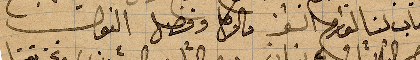
جاب لنا الورق ...مالوكل وفضل ...